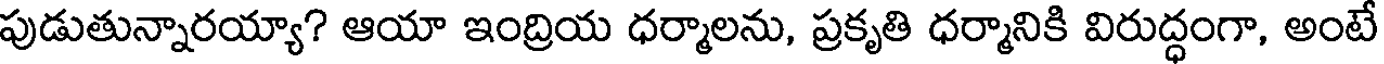
పుడుతున్నారయ్యా? ఆయా ఇంద్రియ ధర్మాలను, ప్రకృతి ధర్మానికి విరుద్ధంగా, అంటే